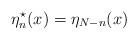
LaTeX: \begin{align*}\eta^{\star}_n(x) = \eta_{N-n}(x)\end{align*}